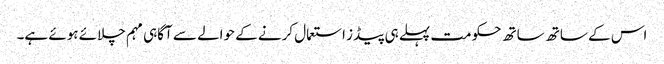
اس کے ساتھ ساتھ حکومت پہلے ہی پیڈز استعمال کرنے کے حوالے سے آگاہی مہم چلائے ہوئے ہے۔